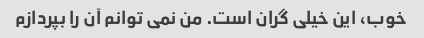
خوب، این خیلی گران است. من نمی توانم آن را بپردازم